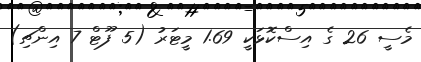
މެސީ 26 ގެ އިސްކޮޅަކީ 1.69 މީޓަރު (5 ފޫޓް 7 އިންޗި)